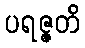
ပရဇ္ဇတိ